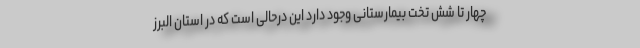
چهار تا شش تخت بیمارستانی وجود دارد این درحالی است که در استان البرز